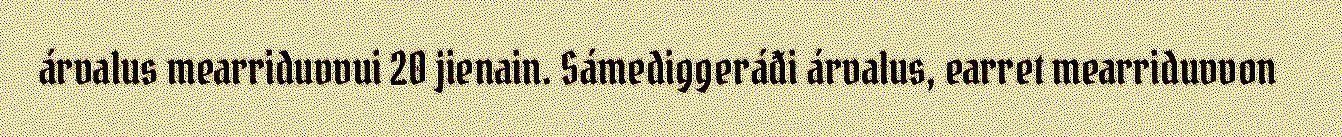
árvalus mearriduvvui 20 jienain. Sámediggeráđi árvalus, earret mearriduvvon